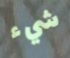
شيء